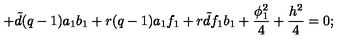
+ { \tilde { d } } ( q - 1 ) a _ { 1 } b _ { 1 } + r ( q - 1 ) a _ { 1 } f _ { 1 } + r { \tilde { d } } f _ { 1 } b _ { 1 } + \frac { \phi _ { 1 } ^ { 2 } } { 4 } + \frac { h ^ { 2 } } { 4 } = 0 ;